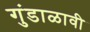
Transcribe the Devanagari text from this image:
गुंडाळावी